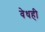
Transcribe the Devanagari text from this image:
वेधही